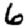
Digit: 6